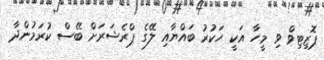
ޕޮޒިޓިވް ވި މީހާ އަކީ ހަކުރު ބައްޔާއި ލޭގެ ޕްރެޝަރަށް ބޭސް ކުރަމުންދާ